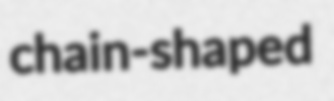
chain-shaped